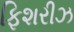
ફિશરીઝ